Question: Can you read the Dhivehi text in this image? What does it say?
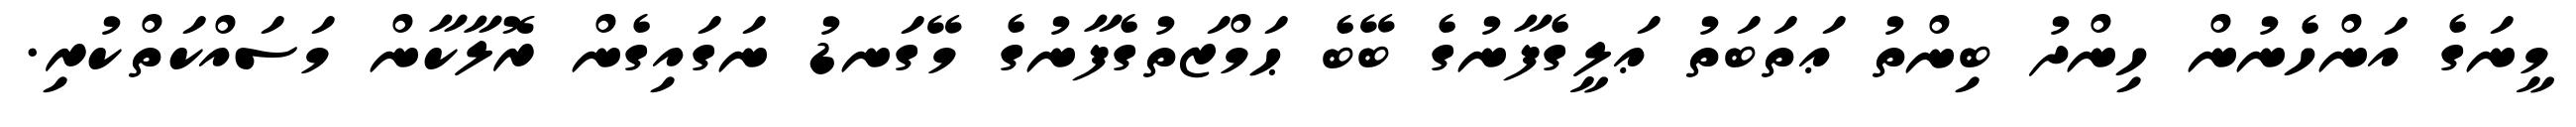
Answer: މީނަގެ އަންހެނުން ހިންދު ބިންތު ޢަތަބަތު ޢަލީގެފާނުގެ ބޭބެ ޙަމްޒަތުގެފާނުގެ މޭގަނޑު ނަގައިގެން ރޮލާކާން މަސައްކަތްކުރި.